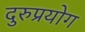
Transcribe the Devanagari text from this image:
दुरुप्रयोग